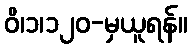
ဝိ၊၁၊၁၂၀-မှယူရန်။